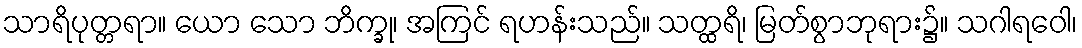
သာရိပုတ္တရာ။ ယော သော ဘိက္ခု၊ အကြင် ရဟန်းသည်။ သတ္ထရိ၊ မြတ်စွာဘုရား၌။ သဂါရဝေါ၊